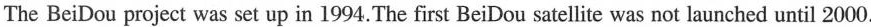
The BeiDou project was set up in 1994.The first Bei Dou sateilite was not launched until 2000.